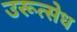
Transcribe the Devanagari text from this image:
उरूत्सेध